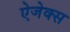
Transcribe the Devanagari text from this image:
ऐजेक्स